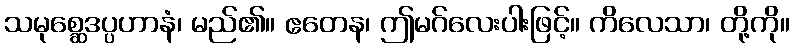
သမုစ္ဆေဒပ္ပဟာနံ၊ မည်၏။ ဧတေန၊ ဤမဂ်လေးပါးဖြင့်။ ကိလေသာ၊ တို့ကို။